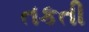
તકતી